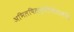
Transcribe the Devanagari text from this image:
अभिलषितार्थीचिंतामणि